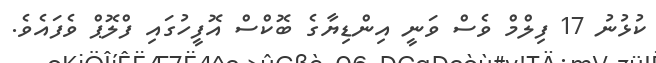
ކުޅުނު 17 ފިލްމް ވެސް ވަނީ އިންޑިޔާގެ ބޮކްސް އޮފީހުގައި ފްލޮޕް ވެފައެވެ.